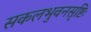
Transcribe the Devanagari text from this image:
सकलभुवनसृष्टिः